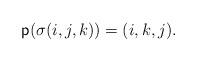
LaTeX: \begin{align*} \textsf{p}(\sigma(i,j,k))=(i,k,j).\end{align*}